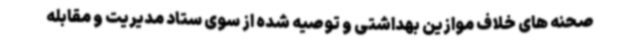
صحنه های خلاف موازین بهداشتی و توصیه شده از سوی ستاد مدیریت و مقابله